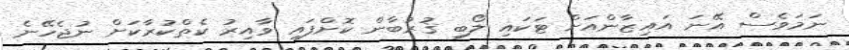
ނަމަވެސް އޭނަ އައިޒާންއަށް ޓަކައި ލޯބި ޤުރުބާން ކޮށްފައި ވާއިރު ކެތްކުރާކަށް ނުޖެހޭނެ